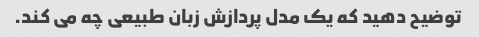
توضیح دهید که یک مدل پردازش زبان طبیعی چه می کند.